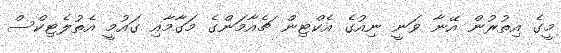
މީގެ އިތުރުން އޭނާ ވަނީ ނިއުގެ އެކްޓިން ޗެއާމަންގެ މަގާމާއި ގައުމީ އެތުލެޓިކްސް